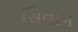
સિવાન